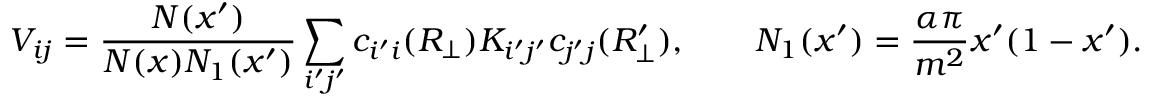
V _ { i j } = { \frac { N ( x ^ { \prime } ) } { N ( x ) N _ { 1 } ( x ^ { \prime } ) } } \sum _ { i ^ { \prime } j ^ { \prime } } c _ { i ^ { \prime } i } ( R _ { \perp } ) K _ { i ^ { \prime } j ^ { \prime } } c _ { j ^ { \prime } j } ( R _ { \perp } ^ { \prime } ) , \qquad N _ { 1 } ( x ^ { \prime } ) = { \frac { \alpha \pi } { m ^ { 2 } } } x ^ { \prime } ( 1 - x ^ { \prime } ) .